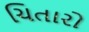
ચિતારો